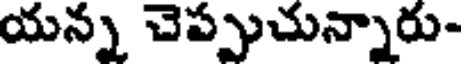
యన్న చెప్పుచున్నారు-